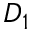
D _ { 1 }